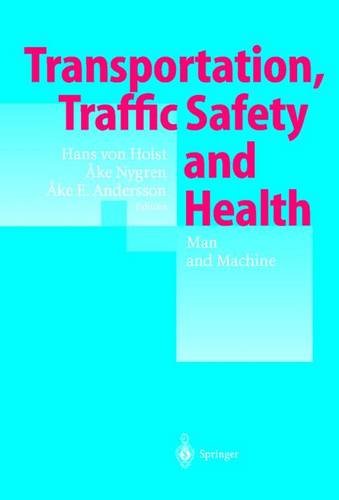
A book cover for Transportation, Traffic Safety and Health  Man and Machine: Second International Conference, Brussels, Belgium, 1996; Engineering & Transportation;